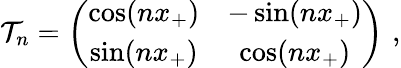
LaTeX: \mathcal{T}_{n}=\left(\begin{array}{cc}{{\cos(nx_{+})}}&{{-\sin(nx_{+})}}\\ {{\sin(nx_{+})}}&{{\cos(nx_{+})}}\end{array}\right)\, \, ,